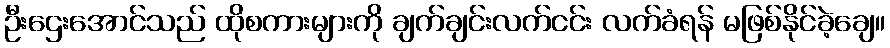
ဦးဌေးအောင်သည် ထိုစကားများကို ချက်ချင်းလက်ငင်း လက်ခံရန် မဖြစ်နိုင်ခဲ့ချေ။